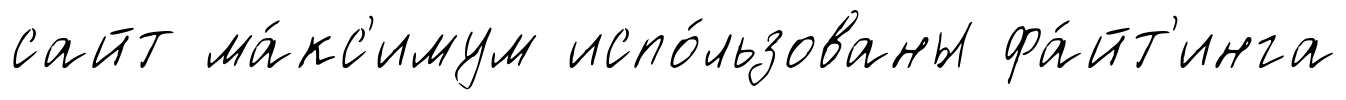
сайт ма́кс'имум испо́льзованы фа́йт'инга